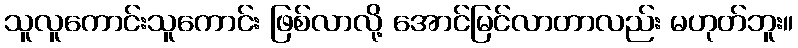
သူလူကောင်းသူကောင်း ဖြစ်လာလို့ အောင်မြင်လာတာလည်း မဟုတ်ဘူး။